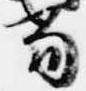
当